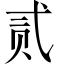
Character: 贰